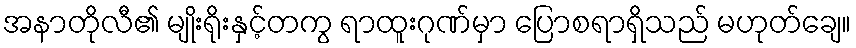
အနာတိုလီ၏ မျိုးရိုးနှင့်တကွ ရာထူးဂုဏ်မှာ ပြောစရာရှိသည် မဟုတ်ချေ။